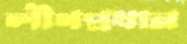
লীগপ্রধান